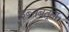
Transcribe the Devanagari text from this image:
इब्‍नबतूता